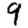
Digit: 9